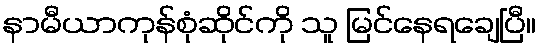
နာမီယာကုန်စုံဆိုင်ကို သူ မြင်နေရချေပြီ။